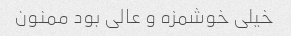
خیلی خوشمزه و عالی بود ممنون